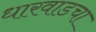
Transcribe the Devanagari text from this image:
धारवाडचा